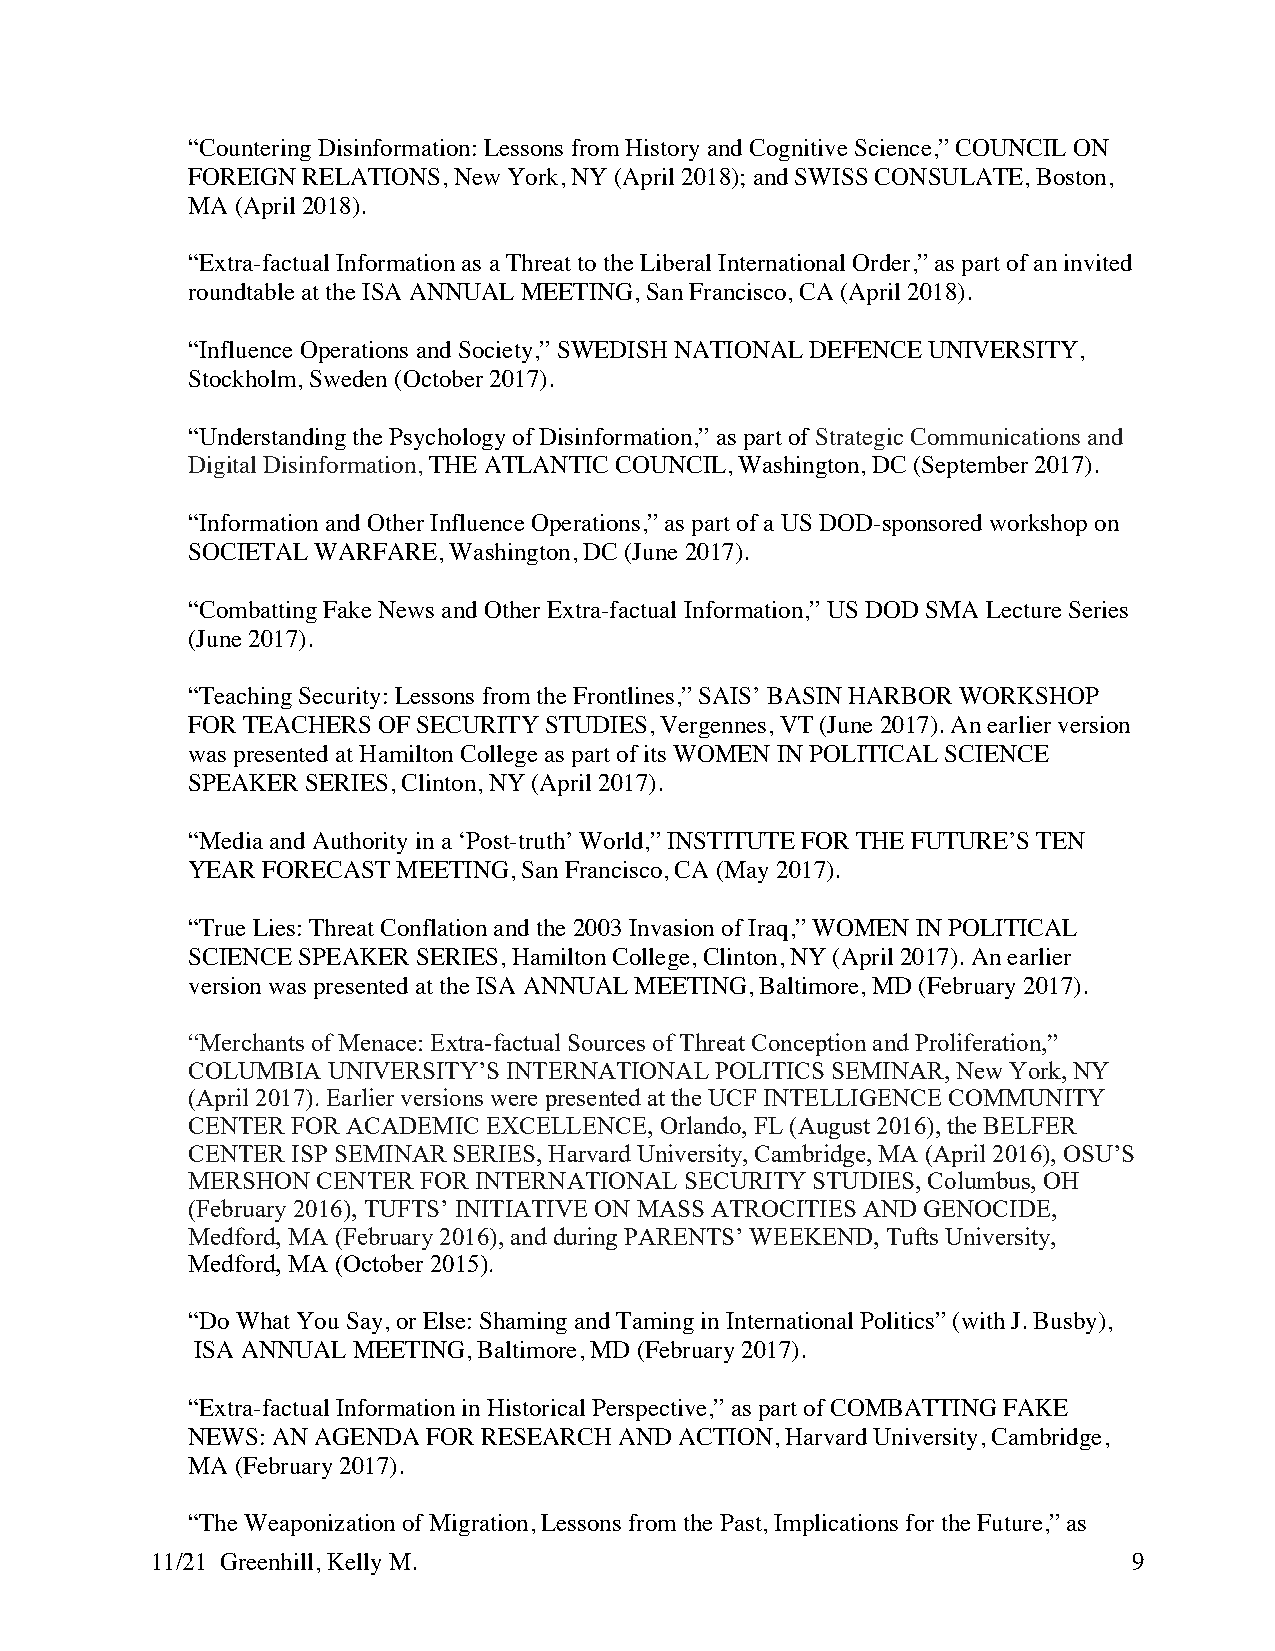
“Countering Disinformation: Lessons from History and Cognitive Science,” COUNCIL ON
 FOREIGN RELATIONS, New York, NY (April 2018); and SWISS CONSULATE, Boston,
 MA  (April 2018).
 “Extra-factual Information as a Threat to the Liberal International Order,” as part of an invited
 roundtable at the ISA ANNUAL MEETING, San Francisco, CA (April 2018).
 “Influence Operations and Society,” SWEDISH NATIONAL DEFENCE UNIVERSITY,
 Stockholm, Sweden (October 2017).
 “Understanding the Psychology of Disinformation,” as part of Strategic Communications and
 Digital Disinformation, THE ATLANTIC COUNCIL, Washington, DC (September 2017).
 “Information and Other Influence Operations,” as part of a US DOD-sponsored workshop on
 SOCIETAL WARFARE, Washington, DC (June 2017).
 “Combatting Fake News and Other Extra-factual Information,” US DOD SMA Lecture Series
 (June 2017).
 “Teaching Security: Lessons from the Frontlines,” SAIS’ BASIN HARBOR WORKSHOP
 FOR TEACHERS OF SECURITY STUDIES, Vergennes, VT (June 2017). An earlier version
 was presented at Hamilton College as part of its WOMEN IN POLITICAL SCIENCE
 SPEAKER SERIES, Clinton, NY (April 2017).
 “Media and Authority in a ‘Post-truth’ World,” INSTITUTE FOR THE FUTURE’S TEN
 YEAR FORECAST MEETING, San Francisco, CA (May 2017).
 “True Lies: Threat Conflation and the 2003 Invasion of Iraq,” WOMEN IN POLITICAL
 SCIENCE SPEAKER SERIES, Hamilton College, Clinton, NY (April 2017). An earlier
 version was presented at the ISA ANNUAL MEETING, Baltimore, MD (February 2017).
 “Merchants of Menace: Extra-factual Sources of Threat Conception and Proliferation,”
 COLUMBIA  UNIVERSITY’S INTERNATIONAL POLITICS SEMINAR, New York, NY
 (April 2017). Earlier versions were presented at the UCF INTELLIGENCE COMMUNITY
 CENTER FOR ACADEMIC EXCELLENCE, Orlando, FL (August 2016), the BELFER
 CENTER ISP SEMINAR SERIES, Harvard University, Cambridge, MA (April 2016), OSU’S
 MERSHON  CENTER FOR INTERNATIONAL SECURITY STUDIES, Columbus, OH
 (February 2016), TUFTS’ INITIATIVE ON MASS ATROCITIES AND GENOCIDE,
 Medford, MA (February 2016), and during PARENTS’ WEEKEND, Tufts University,
 Medford, MA (October 2015).
 “Do What You Say, or Else: Shaming and Taming in International Politics” (with J. Busby),
 ISA ANNUAL MEETING, Baltimore, MD (February 2017).
 “Extra-factual Information in Historical Perspective,” as part of COMBATTING FAKE
 NEWS: AN AGENDA FOR RESEARCH AND ACTION, Harvard University, Cambridge,
 MA  (February 2017).
 “The Weaponization of Migration, Lessons from the Past, Implications for the Future,” as
 11/21 Greenhill, Kelly M.                                        9